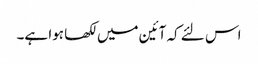
اس لئے کہ آئین میں لکھا ہوا ہے۔